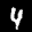
Label: 4